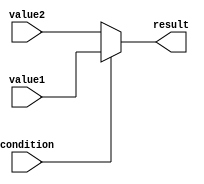
module conditional_assignment (
    input wire condition,      // Condition signal
    input wire value1,        // First value to assign if condition is true
    input wire value2,        // Second value to assign if condition is false
    output wire result        // Output signal for the result
);

    // Conditional assignment using the ternary operator
    assign result = condition ? value1 : value2;

endmodule